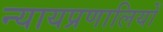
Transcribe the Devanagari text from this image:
न्यायप्रणालियों